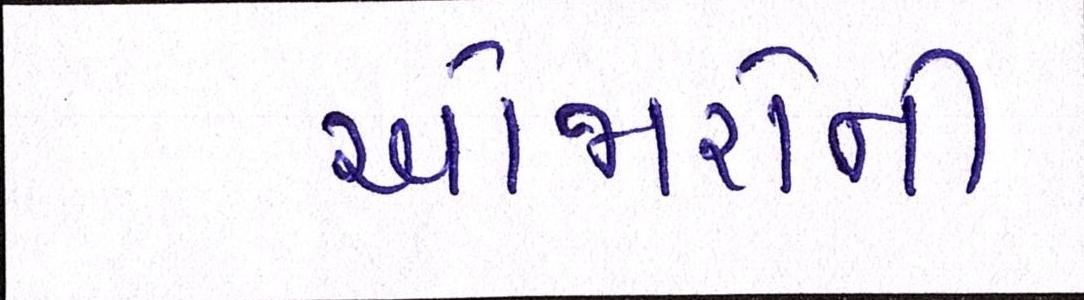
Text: ઓજારોની